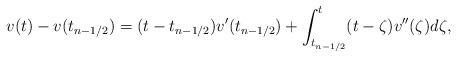
LaTeX: \begin{align*} v(t)-v(t_{n-1/2}) = (t-t_{n-1/2})v'(t_{n-1/2}) + \int_{t_{n-1/2}}^{t} (t-\zeta)v''(\zeta)d\zeta, \end{align*}